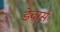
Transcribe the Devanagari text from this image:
डेवार्स